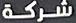
شركة